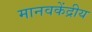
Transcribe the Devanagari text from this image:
मानवकेंद्रीय